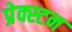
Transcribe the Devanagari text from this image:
प्रेक्स्टन